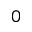
0